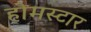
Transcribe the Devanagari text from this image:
होमस्टार